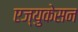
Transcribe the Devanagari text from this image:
एज्युकेसन